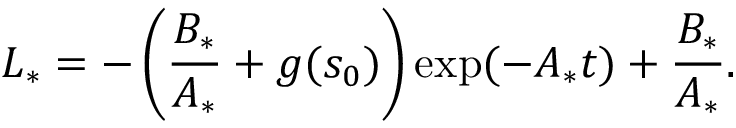
L _ { * } = - \left( \frac { B _ { * } } { A _ { * } } + g ( s _ { 0 } ) \right) \exp ( - A _ { * } t ) + \frac { B _ { * } } { A _ { * } } .